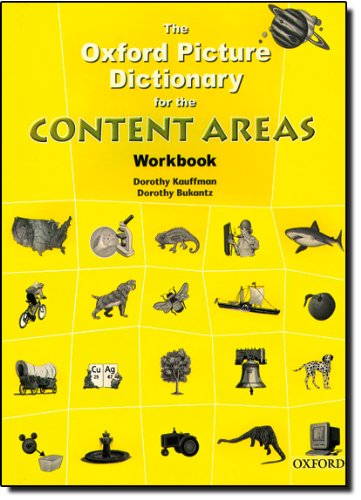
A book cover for The Oxford Picture Dictionary for the Content Areas (Workbook); Dorothy Kauffman; Reference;